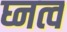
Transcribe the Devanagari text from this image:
घ्नत्व